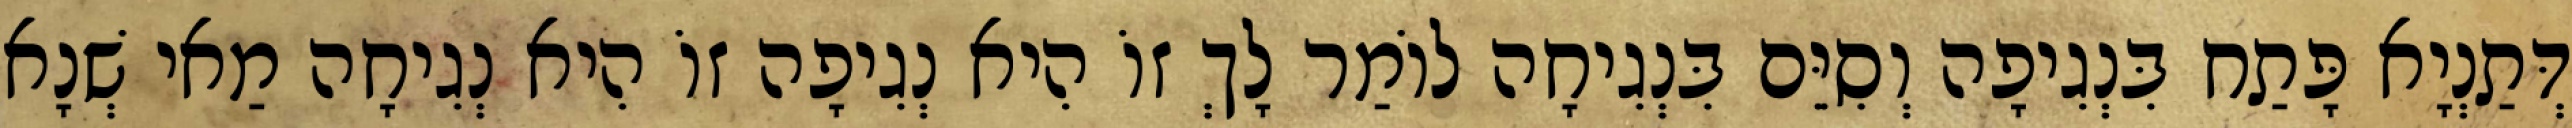
דְּתַנְיָא פָּתַח בִּנְגִיפָה וְסִיֵּם בִּנְגִיחָה לוֹמַר לָךְ זוֹ הִיא נְגִיפָה זוֹ הִיא נְגִיחָה מַאי שְׁנָא